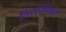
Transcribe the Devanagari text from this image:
शिरोस्थिभंग